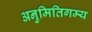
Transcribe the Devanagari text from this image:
अनुमितिगम्य